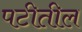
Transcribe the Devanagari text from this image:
पटीतील